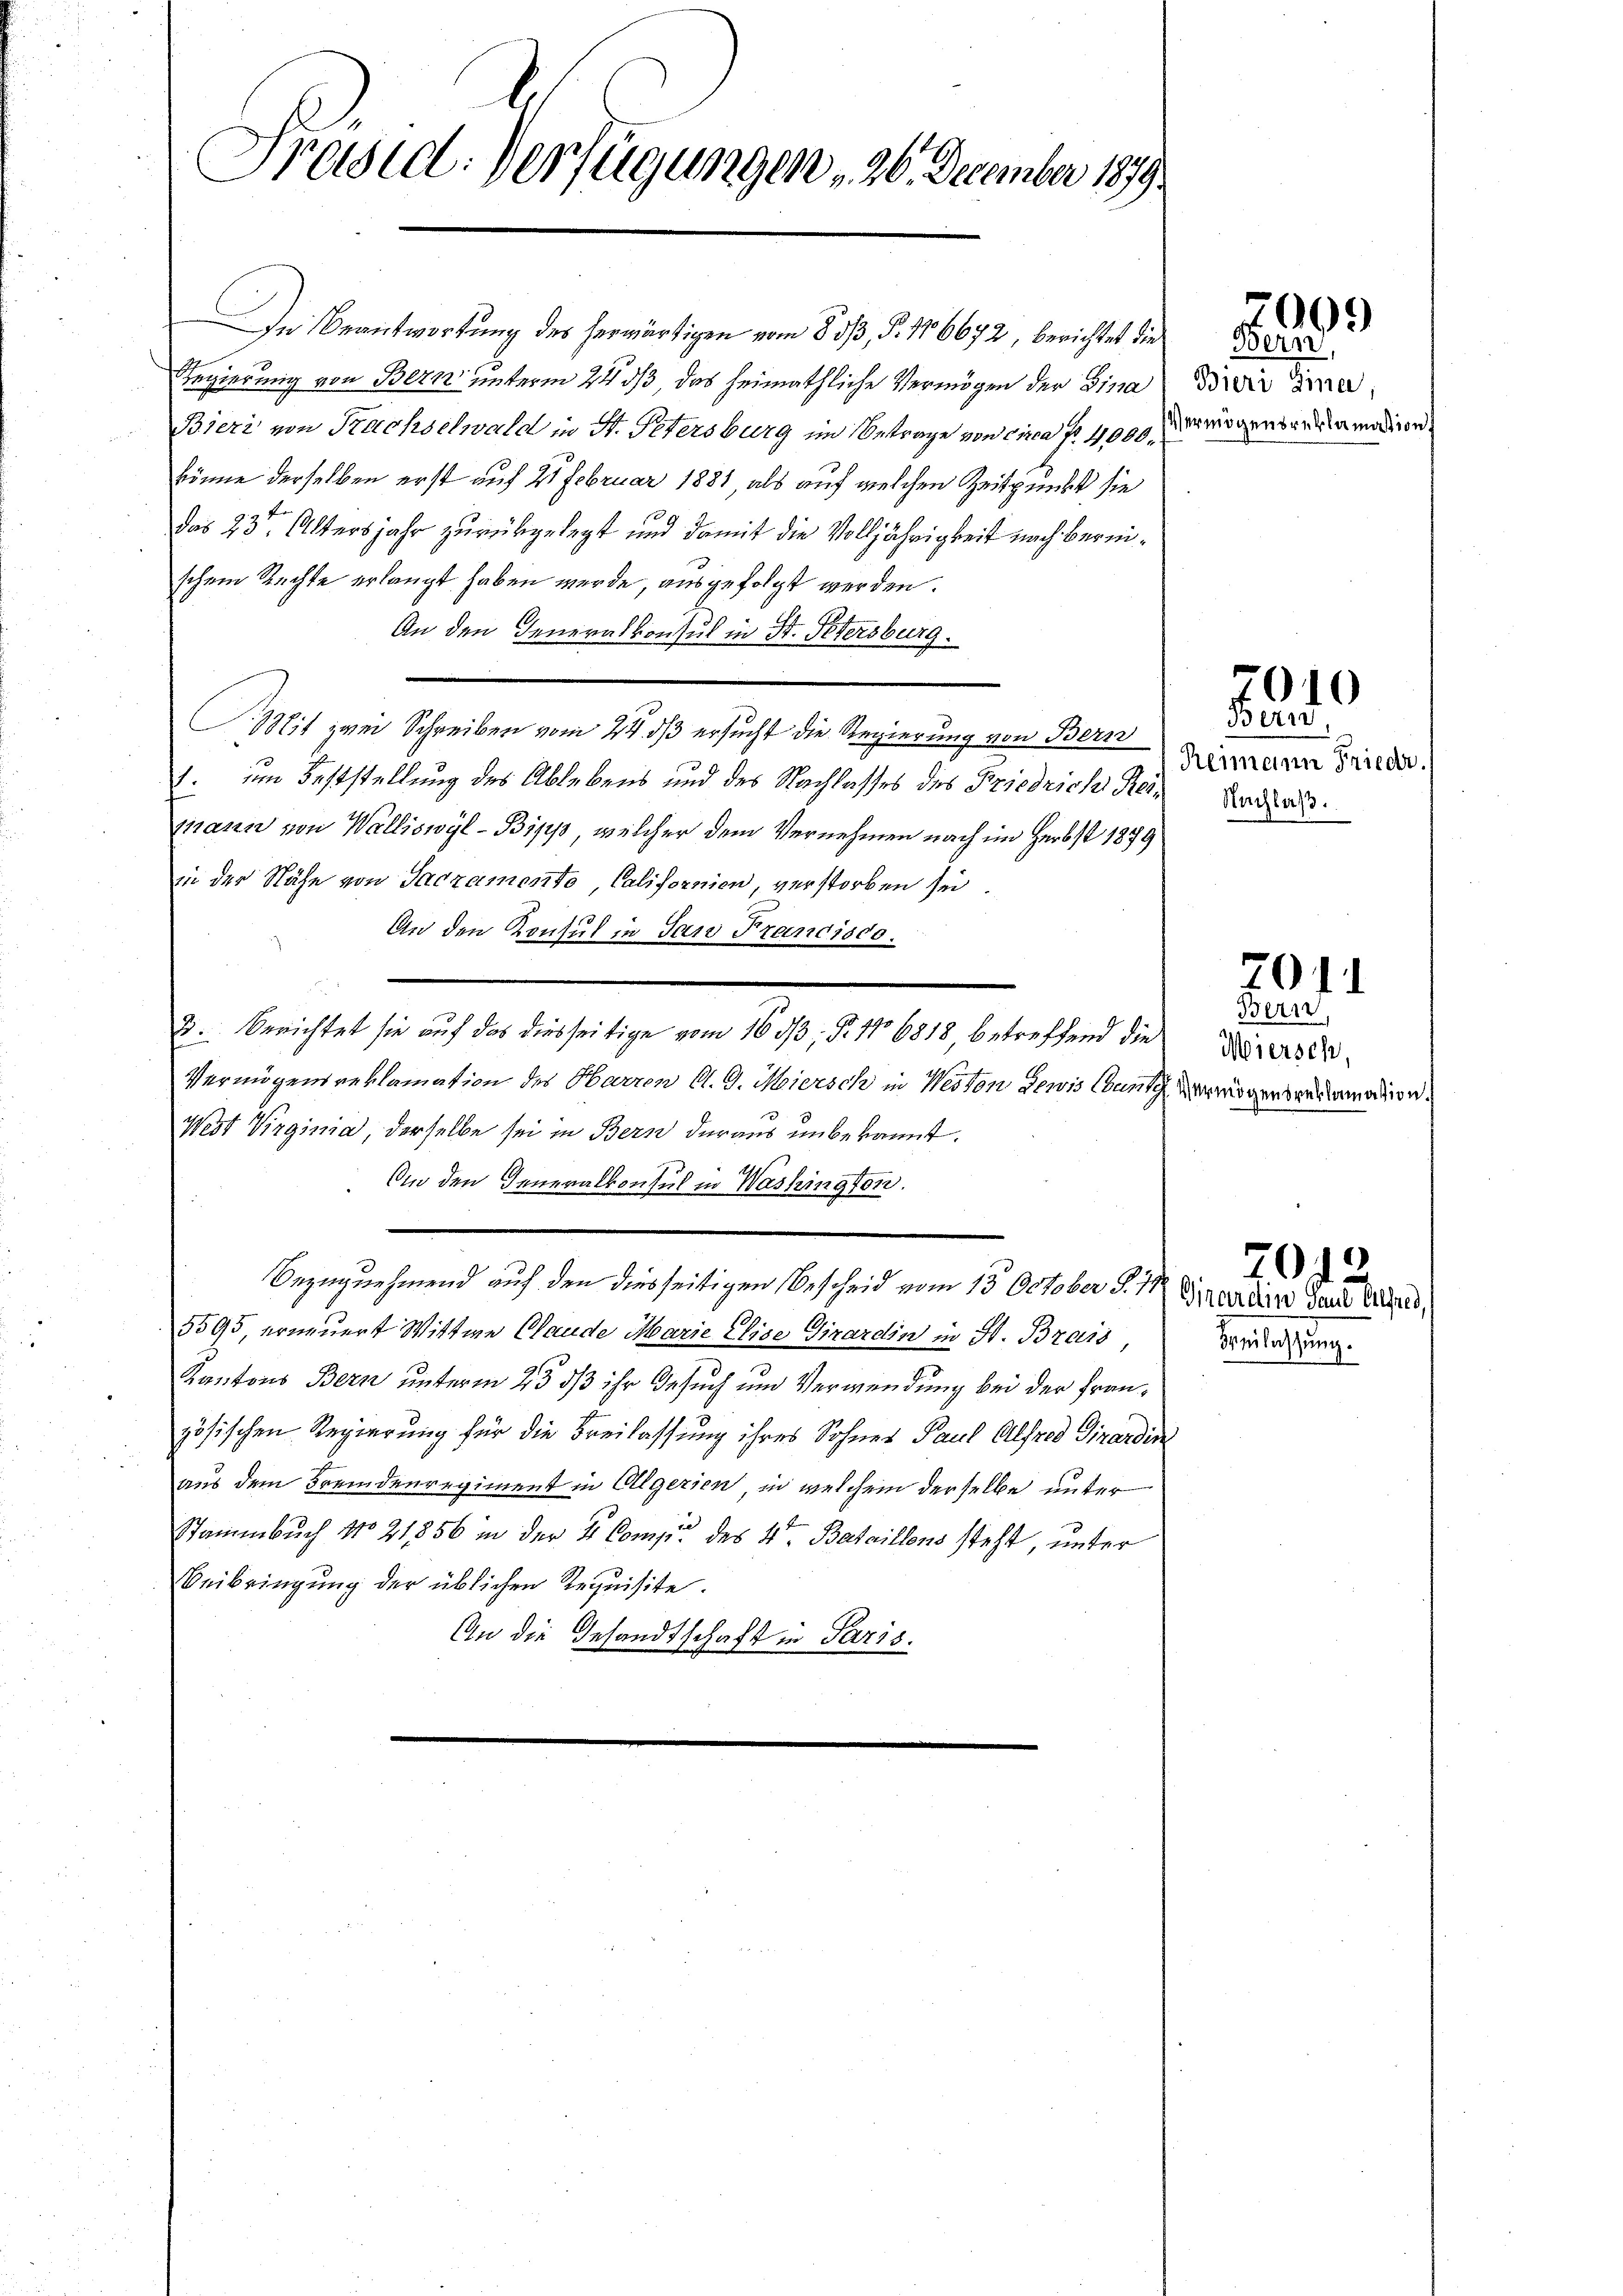
Präsid. Verfügungen , 26. December 189

Der Beantwortung des herwärtigen vom 8 533, §. 106672, berichtet die
Regierung von Bern unterm 24. ds, das heimathliche Vermögen der Fina
Bieri von Nachselwald in St. Petersburg im Betrage von circa Fr. 4000
könne derselben erst auf 21 Februar 1881 als auf welchen Zeitpunkt sie
das 23t Altersjahr zurükgelegt und damit die Volljährigkeit nach bereischem Rechte erlangt haben wurde, ausgefolgt werden.
An den Generalkonsul in Hr. Petersburg.
Mit zwei Schreiben vom 24. ds ersucht die Regierung von Bern
1. im Feststellung des Ablebens und des Nachlasses des Friedrich Kein Bede
mann von Walliswyl-Bipp, welcher dem Vernehmen nach im Herbst 1879
in der Nähe von Sacramento, Californien, verstorben sei
An den Konsul in San Frandisco.
2. Berichtet sie auf das diesseitige vom 16 ds; §. 116818, betreffend die
d
Vermögensreklamation des Herren St. G. Meiersch in Neston Gewis County
West Virginia, derselbe sei in Bern daraus unbekannt.
An den Generalkonsul in Washington.
Bezugnehmend auf den diesseitigen Bescheid vom 13. October S. 17. Standere de
5595, erneuert Wittwe Claude Marie Elise Girardin in St. Brais,
Kantons Bern unterm 23 dß ihr Gesuch um Verwendung bei der Französischen Regierung für die Freilassung ihres Sohner Paul Alfred Girardin
aus dem Fremdenregiment in Algerien, in welchem derselbe unter
Stammbuch No 21856 in der 4 Comp. des 4ten Bataillons steht, unter
Beibringung der üblichen Requisite.
An die Gesandtschaft in Paris.

denlassung

7009
Bern,

Bieri Gina,
Vermögensreklamation

7010
Bern

Reimann Friedr.

7011

Bern,
Miersch,
Vermögensreklamation

70

.